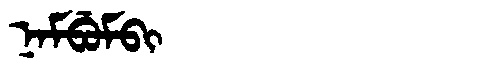
Manchu: ᠨᠠᠮᠪᡠᠮᠪᡳ
Romanization: NAMBUMBI